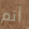
أتم